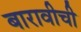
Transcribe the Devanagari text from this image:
बारावीची